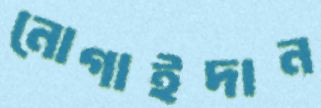
নোগাইদান